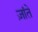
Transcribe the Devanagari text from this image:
ज़ांते